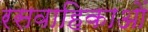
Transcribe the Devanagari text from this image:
रसवाहिकाओं